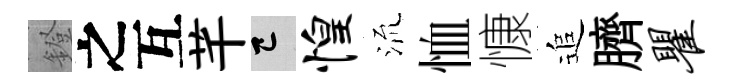
鐙之互芊巳惶𣴑恤慷追臍瞿